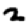
Digit: 2